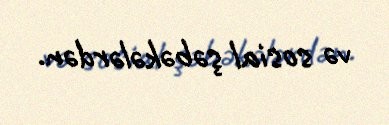
və sosial şəbəkələrdən.